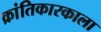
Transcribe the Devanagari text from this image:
क्रांतिकारकाला